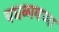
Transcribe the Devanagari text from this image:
चघळायच्या